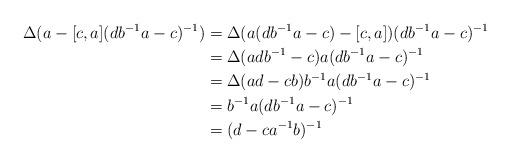
LaTeX: \begin{align*} \Delta (a-[c,a](db^{-1}a-c)^{-1} )&=\Delta (a(db^{-1}a-c)-[c,a] )(db^{-1}a-c)^{-1}\\&= \Delta (adb^{-1} -c )a(db^{-1}a-c)^{-1}\\&= \Delta (ad -cb )b^{-1}a(db^{-1}a-c)^{-1}\\&= b^{-1}a(db^{-1}a-c)^{-1}\\&=(d-ca^{-1}b)^{-1} \end{align*}